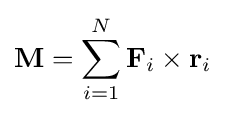
\mathbf {M} =\sum _{i=1}^{N}\mathbf {F} _{i}\times \mathbf {r} _{i}